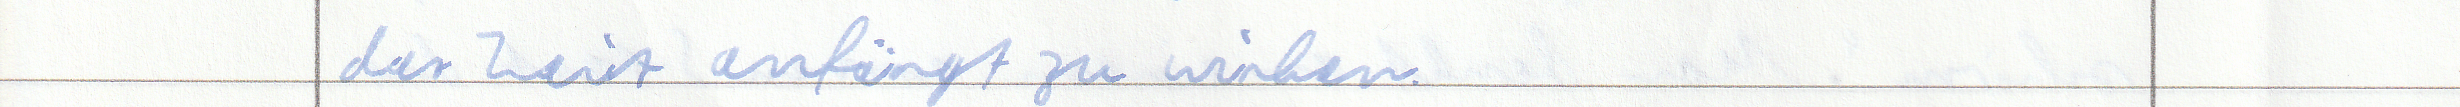
der Zeit anfängt zu wirken.